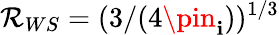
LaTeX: \mathcal{R}_{WS}=(3/(4\pin_{\mathbf{i}}))^{1/3}